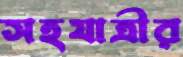
সহযাত্রীর